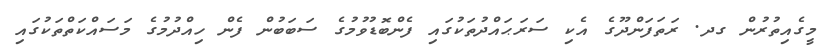
މީގެއިތުރުން ގދ. ރަތަފަންދޫގެ އެކި ސަރަޙައްދުތަކުގައި ފެންބޮޑުވުމުގެ ސަބަބުން ފެން ހިއްދުމުގެ މަސައްކަތްތަކުގައި